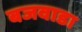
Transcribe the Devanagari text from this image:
बजवाडा